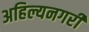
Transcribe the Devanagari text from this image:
अहिल्यनगरी